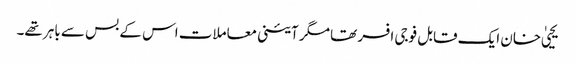
یحییٰ خان ایک قابل فوجی افسر تھا مگر آئینی معاملات اس کے بس سے باہر تھے۔